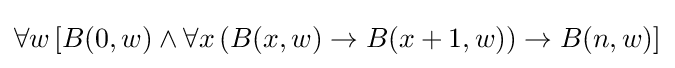
\forall w\,[B(0,w)\land \forall x\,(B(x,w)\to B(x+1,w))\to B(n,w)]